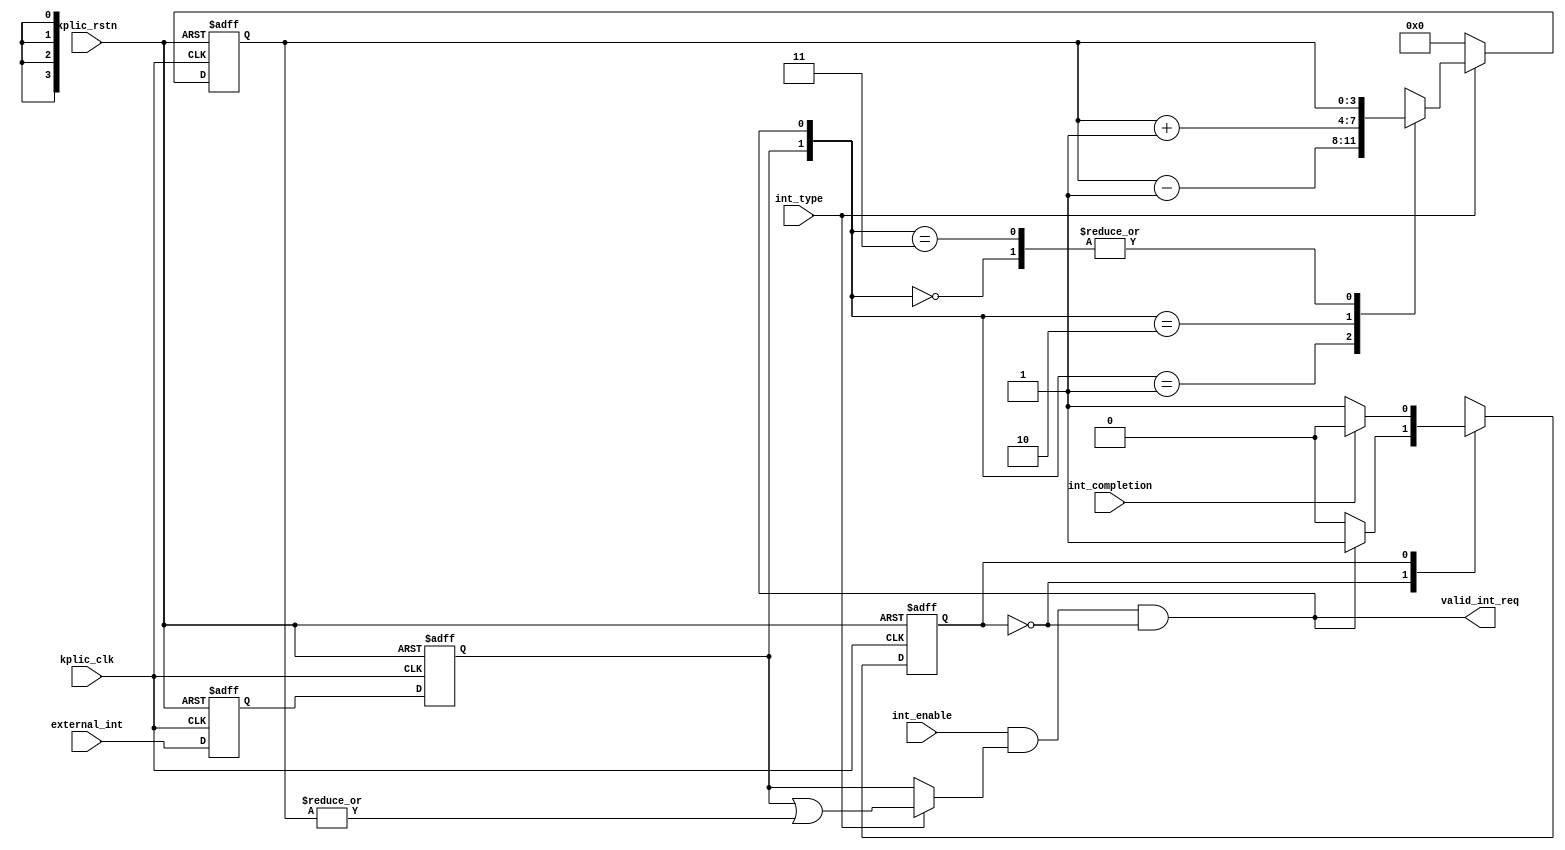
module kplic_gateway (

//global signals
input wire kplic_clk,		//kplic clock
input wire kplic_rstn,		//kplic reset, active low

//interface with system int sources
input wire external_int,	//external interrupt input

//interface with kplic_reg
input wire int_enable,		//int enable, enable=1, disable=0
input wire int_type,		//int type, edge_triggered=1, level_sensitive=0
input wire int_completion,	//int completion

//interface with kplic_core
output wire valid_int_req	//valid int request to kplic core
);



//--------------------------------------------------------------//
//1: synchronizer for the external interrupt input
//--------------------------------------------------------------//
reg int_sync1, int_sync2;

always @ (posedge kplic_clk or negedge kplic_rstn)
begin
	if(!kplic_rstn)
	begin
		{int_sync2, int_sync1} <= 2'b0;
	end
	else
	begin
		{int_sync2, int_sync1} <= {int_sync1, external_int};
	end
end

//--------------------------------------------------------------//
//2: edge-triggered int record
//--------------------------------------------------------------//

//record the edge-triggered interrupt pulse while the
//previous one is waiting for completion
reg [3:0] int_counter;
wire inc_int_counter;
wire dec_int_counter;

assign inc_int_counter = int_sync2;
assign dec_int_counter = valid_int_req;

always @ (posedge kplic_clk or negedge kplic_rstn)
begin
	if(!kplic_rstn)
	begin
		int_counter <= 4'h0;
	end
	else
	begin
		if(int_type)		//int_counter is only used for edge-triggered interrupt
		begin
		case ({inc_int_counter, dec_int_counter})
			2'b00: int_counter <= int_counter;
			2'b01: int_counter <= int_counter - 4'h1;
			2'b10: int_counter <= int_counter + 4'h1;
			2'b11: int_counter <= int_counter;
		endcase
		end
		else			//for level-sensitive interrupt, the counter doesn't work 
		begin
			int_counter <= 4'h0;
		end
	end
end

//--------------------------------------------------------------//
//3: state control
//--------------------------------------------------------------//
localparam WAIT_FOR_INT = 1'b0;
localparam WAIT_FOR_COM = 1'b1;

reg state, next_state;

always @ (posedge kplic_clk or negedge kplic_rstn)
begin
	if(!kplic_rstn)
	begin
		state <= WAIT_FOR_INT;
	end
	else
	begin
		state <= next_state;
	end
end

always @ *
begin
	case(state)
		WAIT_FOR_INT: begin
			if(valid_int_req)
				next_state = WAIT_FOR_COM;
			else
				next_state = WAIT_FOR_INT;
		end
		WAIT_FOR_COM: begin
			if(int_completion)
				next_state = WAIT_FOR_INT;
			else
				next_state = WAIT_FOR_COM;
		end
		default: begin
				next_state = WAIT_FOR_INT;
		end
		endcase
end


//--------------------------------------------------------------//
//4: generate int request to kplic_core
//--------------------------------------------------------------//
wire int_req;
assign int_req = int_type? (int_sync2 || (|int_counter)) : int_sync2;
assign valid_int_req = int_enable && int_req && (state==WAIT_FOR_INT);


endmodule